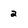
Character: 2